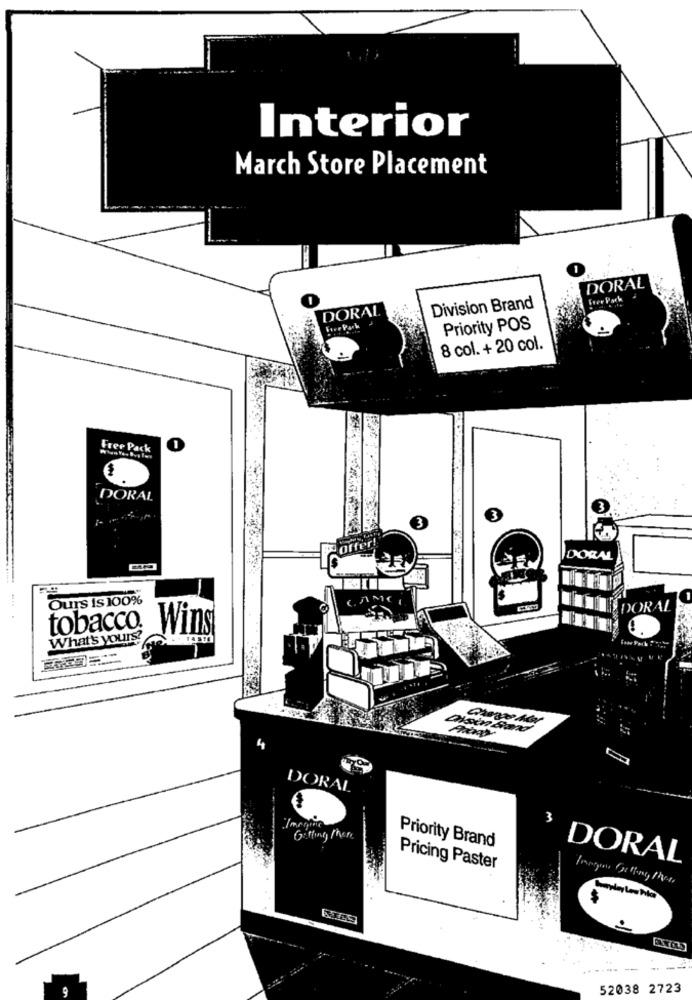
Interior
March Store Placement
DORAL
O
DORAL
Division Brand
Priority POS
8 col. + 20 col.
Free Pack
DORAL
DORAL
Ours Is 100%
DORAL
tobacco.
Wins
What's yours?
4
DORAL
3
Gifting Phere
Priority Brand
DORAL
Pricing Paster
-- -
52038 2723